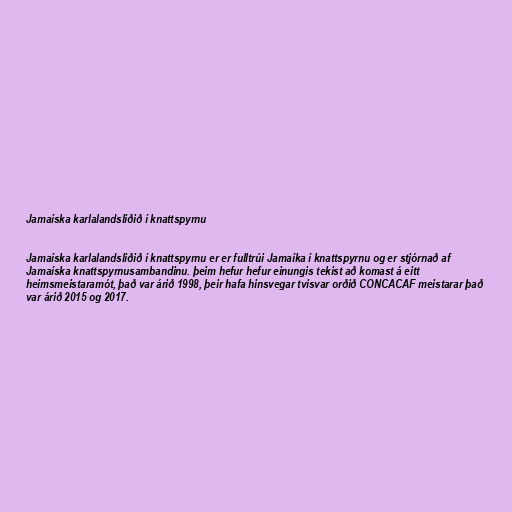
Jamaíska karlalandsliðið í knattspyrnu

Jamaíska karlalandsliðið í knattspyrnu er er fulltrúi Jamaíka í knattspyrnu og er stjórnað af
Jamaíska knattspyrnusambandinu. þeim hefur hefur einungis tekist að komast á eitt
heimsmeistaramót, það var árið 1998, þeir hafa hinsvegar tvisvar orðið CONCACAF meistarar það
var árið 2015 og 2017.